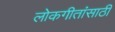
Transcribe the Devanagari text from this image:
लोकगीतांसाठी